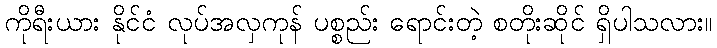
ကိုရီးယား နိုင်ငံ လုပ်အလှကုန် ပစ္စည်း ရောင်းတဲ့ စတိုးဆိုင် ရှိပါသလား။